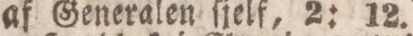
af Generalen ſjelf, 2: 12.